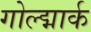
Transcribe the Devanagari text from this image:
गोल्द्मार्क